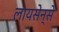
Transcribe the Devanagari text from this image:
लायसेन्से